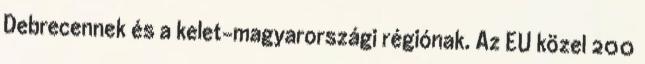
Debrecennek és a kelet-magyarországi régiónak. Az EU közel 200